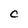
Character: C